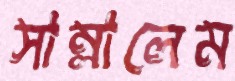
সাম্‌লালেম